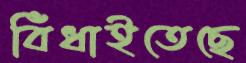
বিঁধাইতেছে